Indian journal of veterinary science and animal husbandry - Volumes 18-21, 1948-1951
Year: 1948
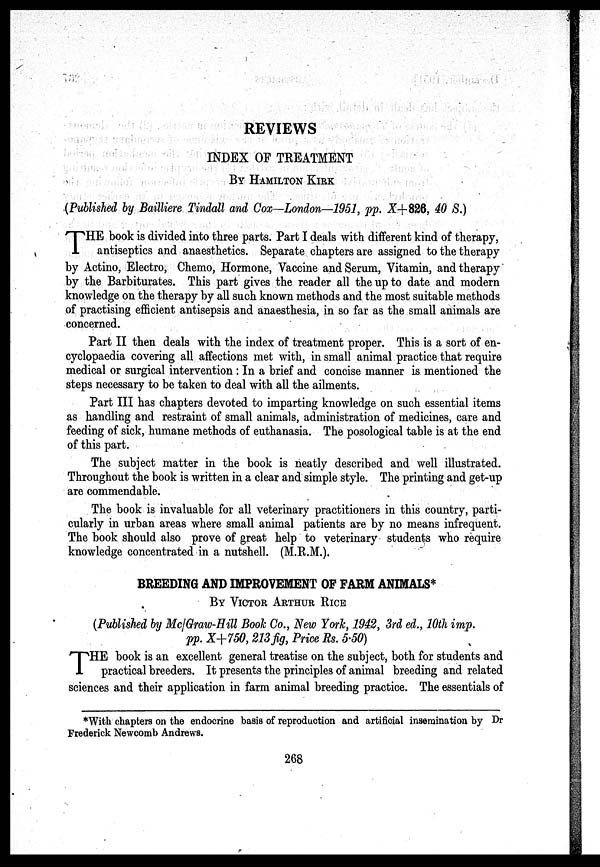
REVIEWS
INDEX OF TREATMENT
BY HAMILTON KIRK
(Published by Bailliere Tindall and Cox—London—1951, pp. X+826, 40 S.)
T HE book is divided into three parts. Part I deals with different kind of therapy,
antiseptics and anaesthetics. Separate chapters are assigned to the therapy
by Actino, Electro, Chemo, Hormone, Vaccine and Serum, Vitamin, and therapy
by the Barbiturates. This part gives the reader all the up to date and modern
knowledge on the therapy by all such known methods and the most suitable methods
of practising efficient antisepsis and anaesthesia, in so far as the small animals are
concerned.
Part II then deals with the index of treatment proper. This is a sort of en-
cyclopaedia covering all affections met with, in small animal practice that require
medical or surgical intervention: In a brief and concise manner is mentioned the
steps necessary to be taken to deal with all the ailments.
Part III has chapters devoted to imparting knowledge on such essential items
as handling and restraint of small animals, administration of medicines, care and
feeding of sick, humane methods of euthanasia. The posological table is at the end
of this part.
The subject matter in the book is neatly described and well illustrated.
Throughout the book is written in a clear and simple style. The printing and get.up
are commendable.
The book is invaluable for all veterinary practitioners in this country, parti-
cularly in urban areas where small animal patients are by no means infrequent.
The book should also prove of great help to veterinary students who require
knowledge concentrated in a nutshell. (M.R.M.).
BREEDING AND IMPROVEMENT OF FARM ANIMALS*
BY VICTOR ARTHUR RICE
(Published by Mc/Graw-Hill Book Co., New York, 1942, 3rd ed., 10th imp.
pp. X+750, 213 fig, Price Rs. 5.50)
T HE book is an excellent general treatise on the subject, both for students and
practical breeders. It presents the principles of animal breeding and related
sciences and their application in farm animal breeding practice. The essentials of
*With chapters on the endocrine basis of reproduction and artificial insemination by Dr
Frederick Newcomb Andrews.
268